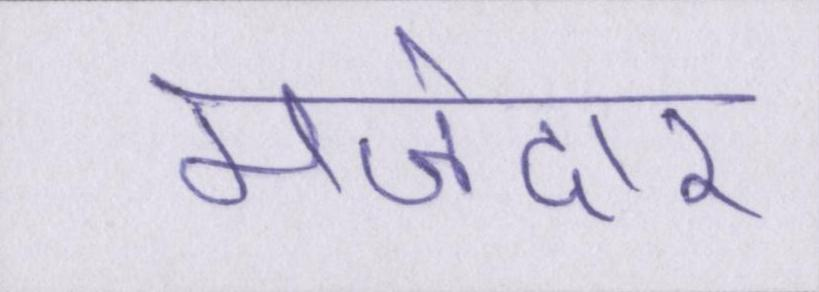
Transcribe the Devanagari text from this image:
मजेदार